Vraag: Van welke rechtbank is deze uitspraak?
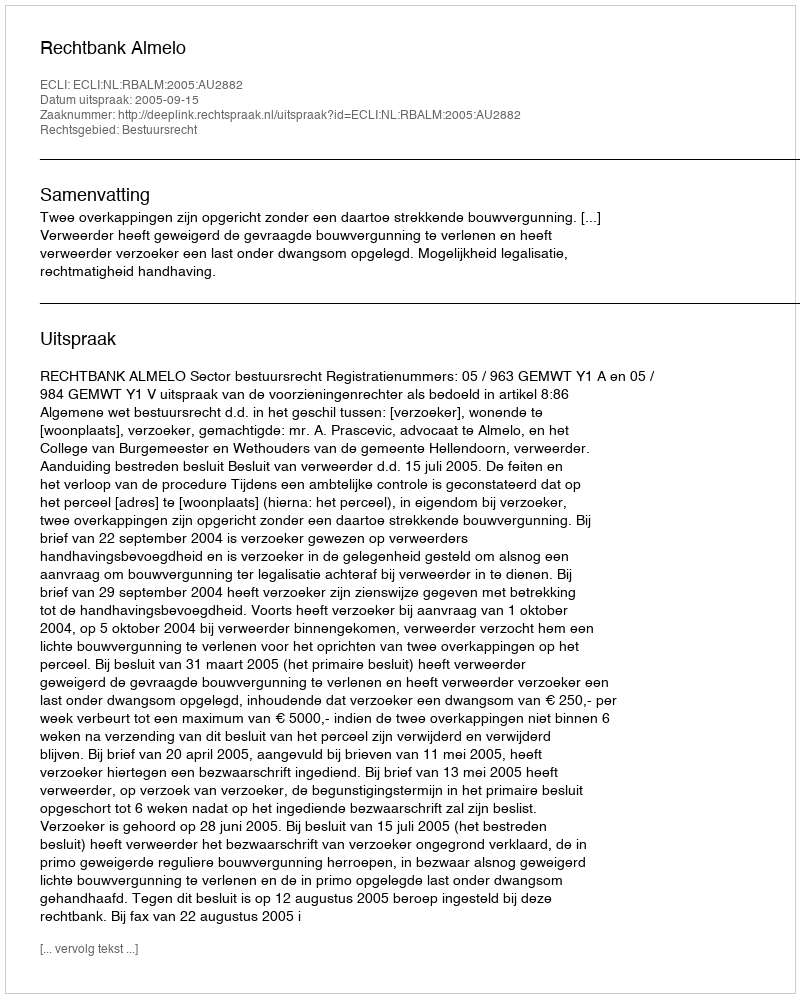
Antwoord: Rechtbank Almelo